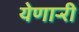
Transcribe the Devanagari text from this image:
येणार्‍री